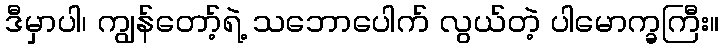
ဒီမှာပါ၊ ကျွန်တော့်ရဲ့ သဘောပေါက် လွယ်တဲ့ ပါမောက္ခကြီး။